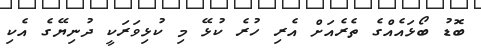
ބޮޑު ބޯޅައެއްގެ ތެރެއަށް އެރި ހުރެ ކުޅޭ މި ކުޅިވަރަކީ ދުނިޔޭގެ އެކި